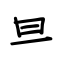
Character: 旦